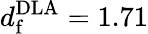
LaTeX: d_{\mathrm{f}}^{\mathrm{DLA}}=1.71